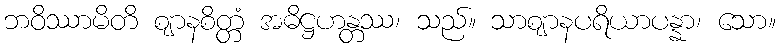
ဘဝိဿာမိတိ ဈာနစိတ္တံ အဓိဋ္ဌဟန္တဿ၊ သည်။ သာဈာနပရိယာပန္နာ၊ သော။